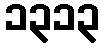
၁၃၁၃